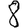
Digit: 8